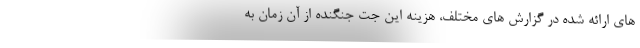
های ارائه شده در گزارش های مختلف، هزینه این جت جنگنده از آن زمان به